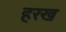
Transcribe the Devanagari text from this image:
हरख